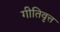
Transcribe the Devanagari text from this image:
गीतिवृत्त